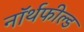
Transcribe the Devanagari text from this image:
नॉर्थफील्ड